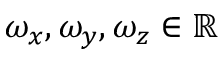
\omega _ { x } , \omega _ { y } , \omega _ { z } \in \mathbb { R }